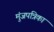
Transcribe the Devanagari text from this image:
मुंजपत्रिका